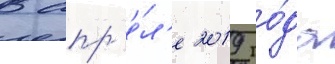
В апр'е́л'е 2019 го́да